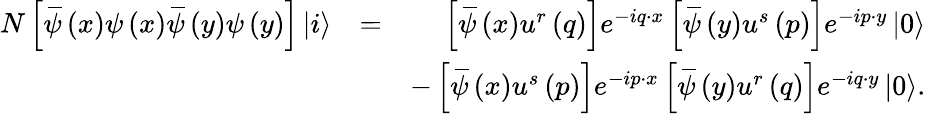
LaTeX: \begin{array}{rlr}{N\left[\, \overline{{\! {\psi}}}\left(x\right)\psi\left(x\right)\, \overline{{\! {\psi}}}\left(y\right)\psi\left(y\right)\right]\left\vert i\right\rangle}&{=}&{\left[\, \overline{{\! {\psi}}}\left(x\right)u^{r}\left(q\right)\right]e^{-iq\cdot x}\left[\, \overline{{\! {\psi}}}\left(y\right)u^{s}\left(p\right)\right]e^{-ip\cdot y}\left\vert 0\right\rangle}\\ &{}&{-\left[\, \overline{{\! {\psi}}}\left(x\right)u^{s}\left(p\right)\right]e^{-ip\cdot x}\left[\, \overline{{\! {\psi}}}\left(y\right)u^{r}\left(q\right)\right]e^{-iq\cdot y}\left\vert 0\right\rangle.}\end{array}